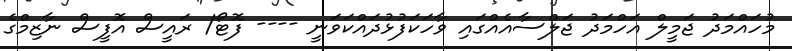
މުހައްމަދު ޖަމީލް އަހްމަދު ޖަލްސާއެއްގައި ވާހަކަފުޅުދައްކަވަނީ ---- ފޮޓޯ/ ރައީސް އޮފީސް ނާޒިމްގެ